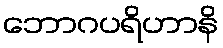
ဘောဂပရိဟာနိ